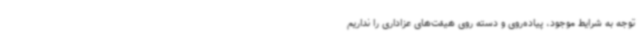
توجه به شرایط موجود، پیاده‌روی و دسته روی هیئت‌های عزاداری را نداریم